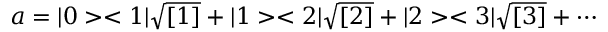
a = | 0 > < 1 | \sqrt { [ 1 ] } + | 1 > < 2 | \sqrt { [ 2 ] } + | 2 > < 3 | \sqrt { [ 3 ] } + \cdots